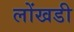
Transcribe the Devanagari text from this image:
लोंखडी